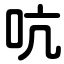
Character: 吭